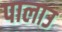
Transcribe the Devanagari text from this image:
पालाउ